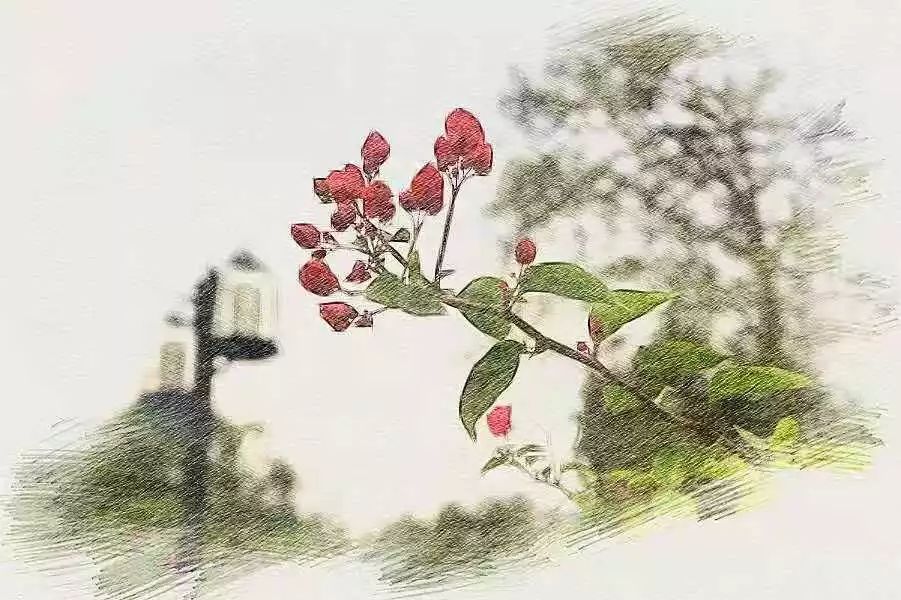
一叶度春风，芳芳自相接。